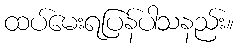
ထပ်မေးရပြန်ပါသနည်း။